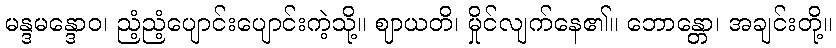
မန္ဒမန္ဒောဝ၊ ညံ့ညံ့ပျောင်းပျောင်းကဲ့သို့။ ဈာယတိ၊ မှိုင်လျက်နေ၏။ ဘောန္တော၊ အချင်းတို့။